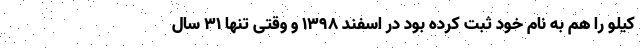
کیلو را هم به نام خود ثبت کرده بود در اسفند ۱۳۹۸ و وقتی تنها ۳۱ سال